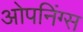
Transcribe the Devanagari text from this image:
ओपनिंग्स